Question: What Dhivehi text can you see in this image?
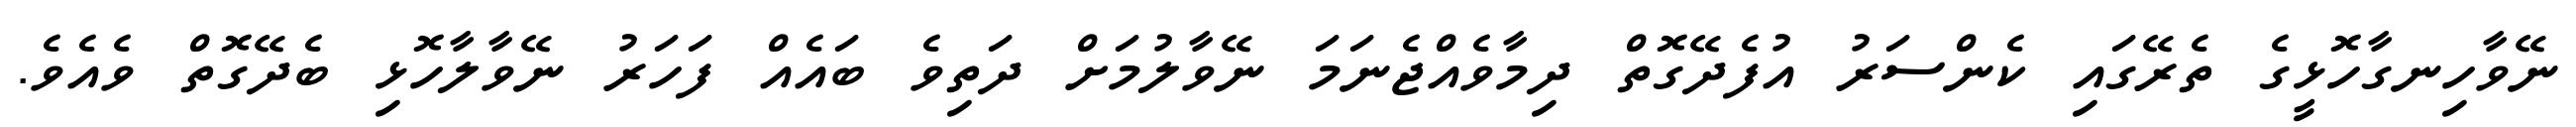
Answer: ނޭވާހިނގާހޮޅީގެ ތެރޭގައި ކެންސަރު އުފެދޭގޮތް ދިމާވެއްޖެނަމަ ނޭވާލުމަށް ދަތިވެ ބައެއް ފަހަރު ނޭވާލާހޮޅި ބެދޭގޮތް ވެއެވެ.